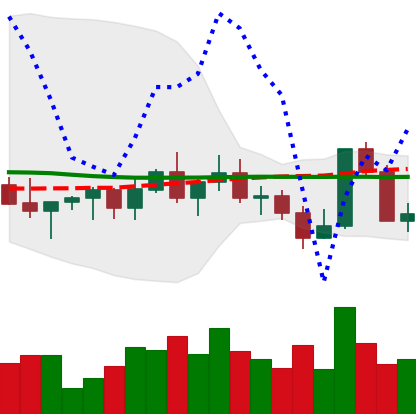
Ticker: XLM-USD
Chart end date: 2022-11-07
Forward return: -17.236%
Label: down_7plus